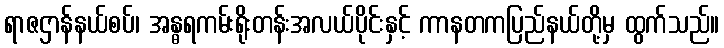
ရာဇဌာန်နယ်စပ်၊ အန္ဓရကမ်းရိုးတန်းအလယ်ပိုင်းနှင့် ကာနတကပြည်နယ်တို့မှ ထွက်သည်။